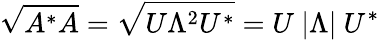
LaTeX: {\sqrt{A^{*}A}}={\sqrt{U\Lambda^{2}U^{*}}}=U\ |\Lambda|\ U^{*}